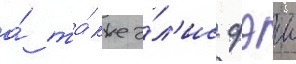
а́ та́кже э́л'ис фэи